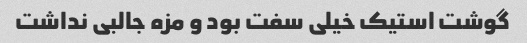
گوشت استیک خیلی سفت بود و مزه جالبی نداشت